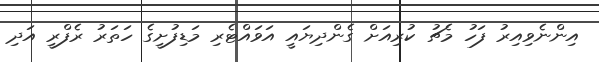
އިންނެވިއިރު ފަހު މެޗު ކުރިއަށް ގެންދިޔައީ އަވައްޓެރި މަޑިފުށީގެ ހަތަރު ރެފްރީ އަދި